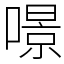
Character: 𠾶